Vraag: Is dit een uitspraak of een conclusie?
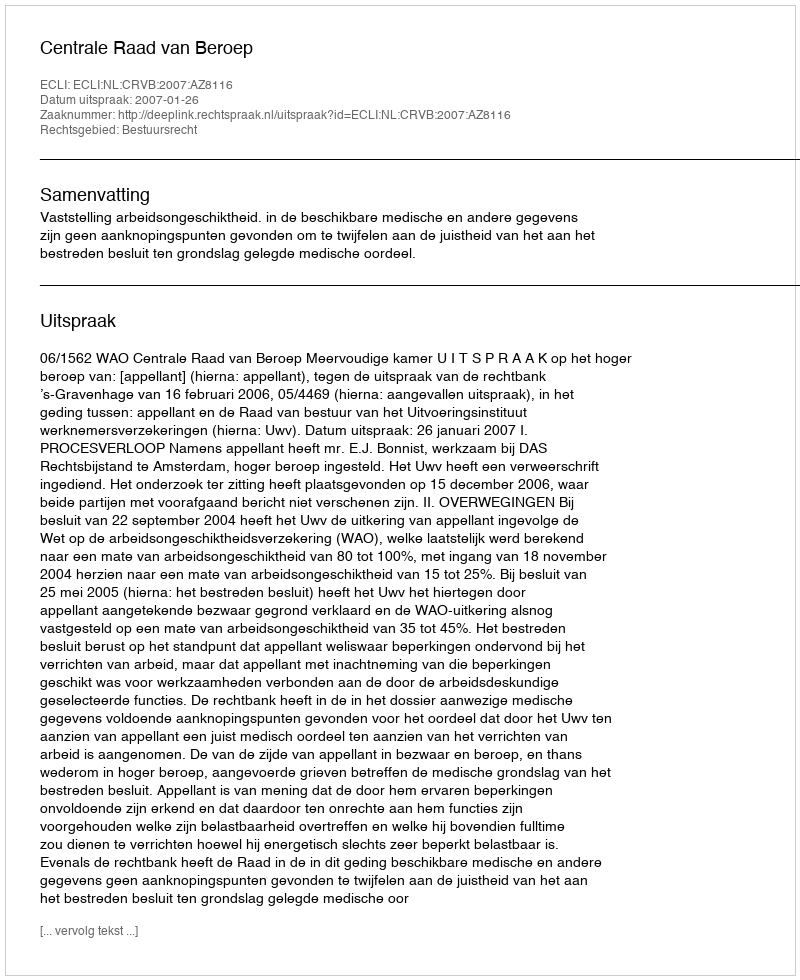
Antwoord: Uitspraak